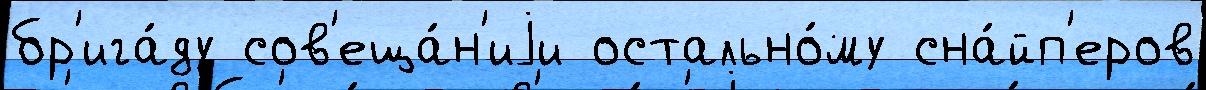
бр'ига́ду сов'еща́н'иjи остально́му сна́йп'еров